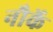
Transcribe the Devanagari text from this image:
नौर्के